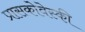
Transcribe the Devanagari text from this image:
प्रासकोवेस्की